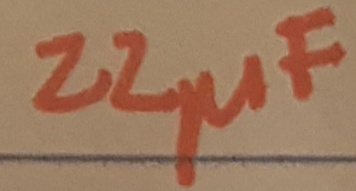
Text: 22µF